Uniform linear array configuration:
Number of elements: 64
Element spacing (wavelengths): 0.5
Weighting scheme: blackman
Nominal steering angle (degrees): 0
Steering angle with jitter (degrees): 1.92
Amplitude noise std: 0.05
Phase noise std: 0.05

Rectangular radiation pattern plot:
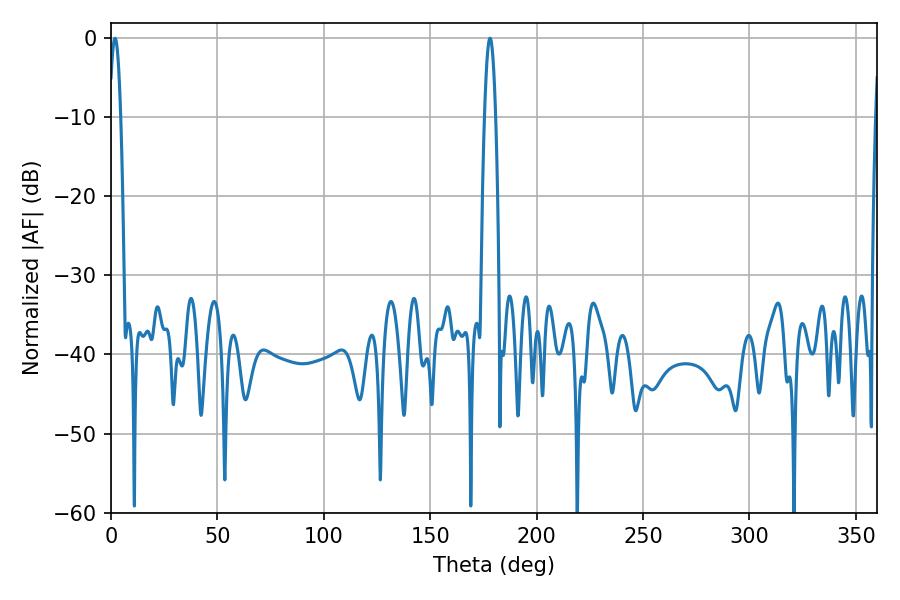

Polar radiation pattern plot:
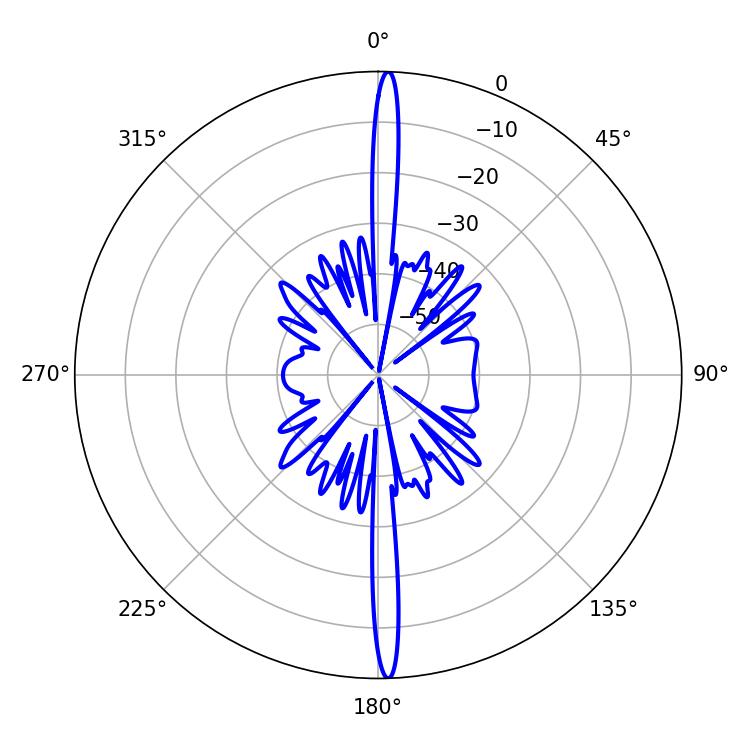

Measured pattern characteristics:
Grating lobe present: FALSE
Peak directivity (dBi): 27.359
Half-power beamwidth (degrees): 2.7
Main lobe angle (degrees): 178.02